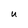
Character: U